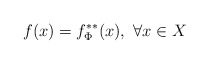
\begin{align*}f(x) = f^{**}_\Phi (x),\ \forall x\in X\end{align*}